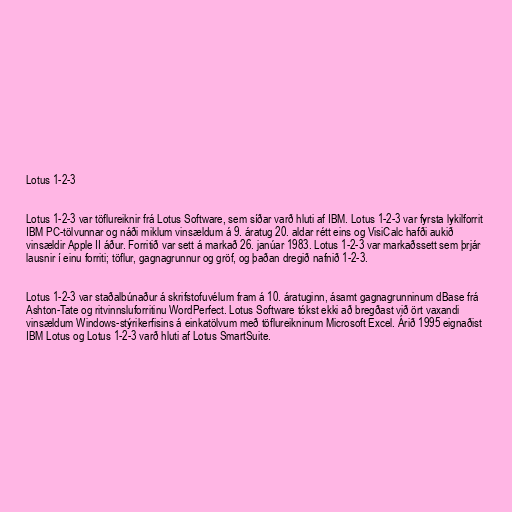
Lotus 1-2-3

Lotus 1-2-3 var töflureiknir frá Lotus Software, sem síðar varð hluti af IBM. Lotus 1-2-3 var fyrsta lykilforrit
IBM PC-tölvunnar og náði miklum vinsældum á 9. áratug 20. aldar rétt eins og VisiCalc hafði aukið
vinsældir Apple II áður. Forritið var sett á markað 26. janúar 1983. Lotus 1-2-3 var markaðssett sem þrjár
lausnir í einu forriti; töflur, gagnagrunnur og gröf, og þaðan dregið nafnið 1-2-3.

Lotus 1-2-3 var staðalbúnaður á skrifstofuvélum fram á 10. áratuginn, ásamt gagnagrunninum dBase frá
Ashton-Tate og ritvinnsluforritinu WordPerfect. Lotus Software tókst ekki að bregðast við ört vaxandi
vinsældum Windows-stýrikerfisins á einkatölvum með töflureikninum Microsoft Excel. Árið 1995 eignaðist
IBM Lotus og Lotus 1-2-3 varð hluti af Lotus SmartSuite.